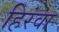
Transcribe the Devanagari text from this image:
हिरंवा